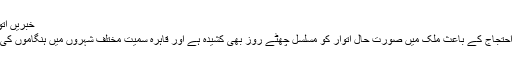
خبریں اتوار کو بھی مصرکشیدگی کی لپیٹ میں جنوری 30, 2011
مصر میں صدر حسنی مبارک کے اقتدار کے خلاف جاری احتجاج کے باعث ملک میں صورت حال اتوار کو مسلسل چھٹے روز بھی کشیدہ ہے اور قاہرہ سمیت مختلف شہروں میں ہنگاموں کی حوصلہ شکنی کے لیے فوجی دستے سڑکوں پر موجود ہیں۔